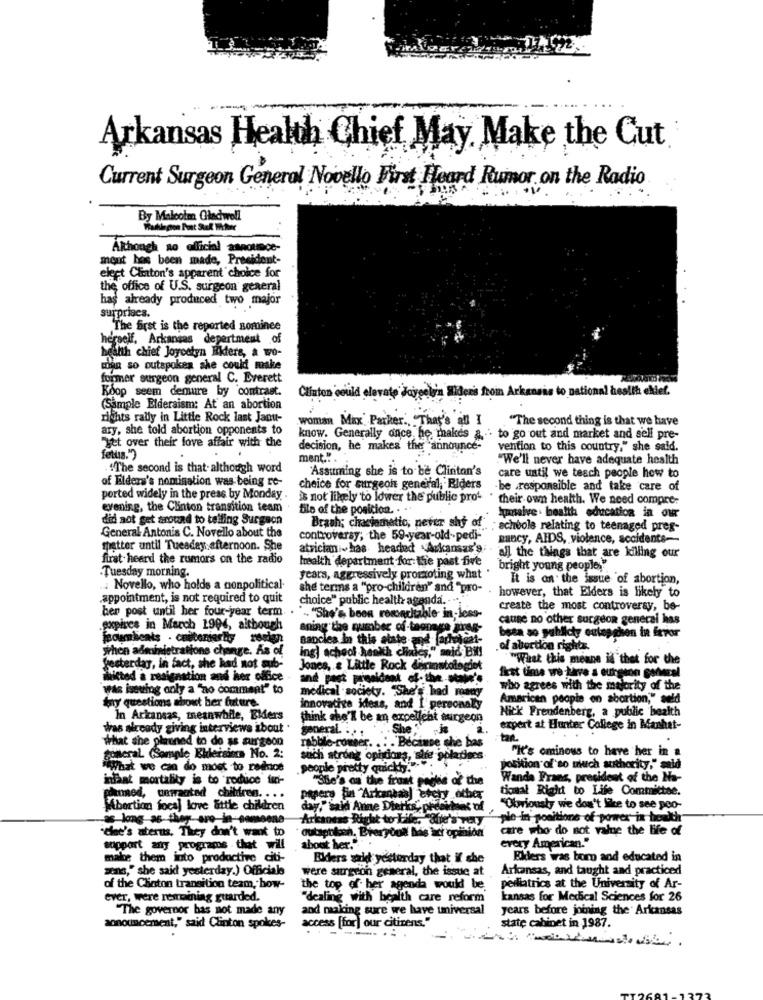
Arkansas Health Chief May Make the Cut
Current Surgeon General Novello First Heard Rumor on the Radio
By Malcolm Gladwell
Although no official asnounce-
mont has been made, President-
elect Clinton's apparent choice for
the office of U.S. surgeon general
has already produced two major
surprises.
The first is the reported sominee
herself, Arkansas department of
health chief Joycetyn Ekters, a wo-
LOAR so outspoken she could make
former surgeon general C. Everett
Koop seem demure by contrast.
Clinton could elevate Jaygelin Sidens from Arkansas to national health chief.
(Sample Eldersism: At an abortion
rights rally in Little Rock last Janu-
woman Max Parker ., "That's all I
"The second thing is that we have
ary, she told abortion opponents to
know. Generally once, he makes a . to go out and market and sell pre-
Jet over their love affair with the
decision, he makes the announce-
vention to this country," she said.
fetus.")
ment.".
""We'll never have adequate health
"The second is that-although word
'Assuming she is to be Clinton's
of Elders's nomination was being re-
care until we teach people how to
cheice for surgeon general, Riders
be responsible and take care of
ported widely in the press by Monday .
is not likely to lower the public pro-
their own health. We need compre-
evening, the Clinton transition team
Bile of the posicion. . ..
did not get around to telling Surgeon
Insaive . health education in our
General Antonis C. Novello about the
Brash; chaciametio, never shy of schoole relating to teenaged preg-
controversy; the 59-year-old-pedi-
mancy, AIDS, violence, accidents-
shatter until Tuesday afternoon. She
atrician ~ has headed . Arkansas'
firat heard the rumors on the radio
health department for: the past five
all the things that are killing our
-Tuesday morning.
bright young peoples"
years, aggressively promoting what
It is an the issue of abortion,
.: Novello, who holds a nonpolitical.
she terms a "pro-children" and"pro- . however, that Elders is likely to
appointment, is not required to quit
choice" public health agenda. - ..
ben post until her four-year term.
create the most controversy, be-
.. "She's been reconcilable in loss-
cause no other surgeon general has
sopires in March 1994, although
sning the number of-tagnans AS
comments . castanierty rerien
Bancles in this state and faceticat-
been so publicty cutep .chen in frvor
when administrations change. As of
. of abortion right ;.
ing) school health clinics," mid Bil!
"What this means id" thet for the
yesterday, in fact, she had not sub-
Jones, & Little Rock derinstologiet
first time we have a surgeon general
Mitted a resignation and her office
and past president of-the-'s
was iseving only a "no comment" to
medical society. "She's had roany
who agrees with the majority of the
Any questions about ber future.
American people on abortion," aeld
innovative ideas, and I personally
Nick Freudenberg, a public health
In Arkansas, meanwhile, Ekers
think she'K be an excellent surgeon
was already giving interviews about .
general. . . .
She
expert at Hunter College in Manhet-
What she planned to do as atrgeon
rabble-comeer. .. . Because she bas
:tan.
"It's ominous to have her in a
general (Somple Ellersims No. 2:
such strong ophdions, sife golaties
Miwhat we can do most to redrios
. people pretty quickly."
position of'so much authority," said
hat mortality is to reduce fui-
"She's on the front pages of the
Wanda Frans, president of the Na-
tical Right to Life Committee.
planned, unwraatad chilifron. . . .
pepero fin "Arkansas) every other
Abortion focal love attle children
day," said Anne Dierks" pfdk
"Obviously we don't like to see poo-
as long as they are-in-someone
Arkaness Right to Life, die's Tely
ple-in positions of power in health"
"Chee's aterns. They don't want to
care who do not vale the life of
every American."
support any programs . that will
about her."" .
make them into productive citi-
Ellers salt yesterday that if she
Ellers was born and educated in
zens," she said yesterday.) Officials
were surgeon general, the issue at
Arkansas, and taught and practiced
of the Clinton transition team, how-
the top of her agenda would be
perliatrics at the University of Ar-
ever, were remaining guarded.
"dealing with health care reform
kansas for Medical Sciences for 26
"The governor bas not made any
and making sure we have universal
years before joining the Arkansas
access [for) our citizens."
state cabinet in 1987.
announcement," said Clinton spokes-